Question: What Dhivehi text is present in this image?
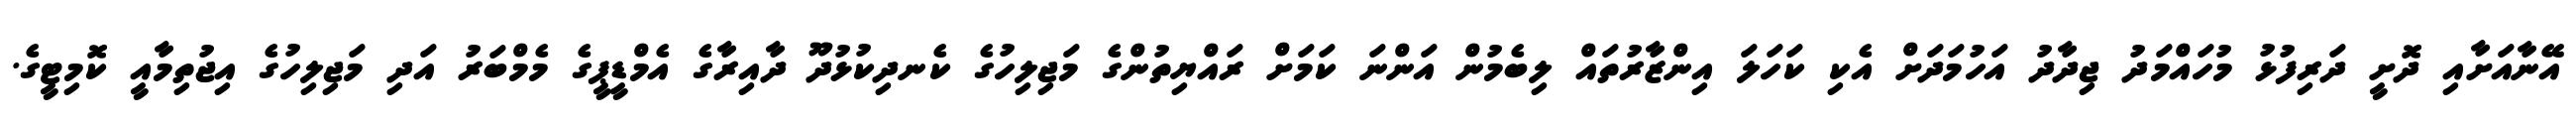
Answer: އޭނާއަށާއި ދޮށީ ދަރިފުޅު މުހައްމަދު ޖިދާދު އަހުމަދަށް އެކި ކަހަލަ އިންޒާރުތައް ލިބެމުން އަންނަ ކަމަށް ރައްޔިތުންގެ މަޖިލިހުގެ ކެނދިކުޅުދޫ ދާއިރާގެ އެމްޑީޕީގެ މެމްބަރު އަދި މަޖިލިހުގެ އިޖުތިމާއީ ކޮމިޓީގެ.